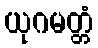
ယုဂမတ္တံ